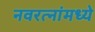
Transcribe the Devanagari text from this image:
नवरत्‍नांमध्ये